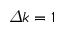
\varDelta k = 1